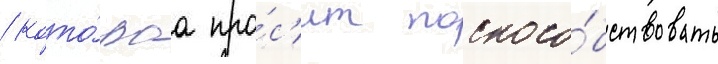
/ кото́раа про́с'ит поспосо́бствовать